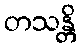
တသန္တိ